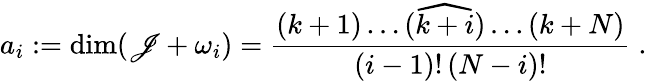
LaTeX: a_{i}:=\dim(\mathscr{J}+\omega_{i})=\frac{{(k+1)\dots(\widehat{{k+i}})\dots(k+N)}}{{(i-1)!\, (N-i)!}}\; .